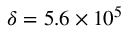
\delta = 5 . 6 \times 1 0 ^ { 5 }